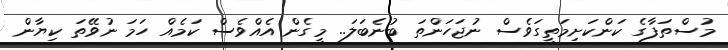
މުސްތަފާގެ ކަންކަށިމަތީގަވެސް ނުޖަހަންތަ ބުނެބަލަ.. މީގެން އެއްވެސް ކަމެއް ހަމަ ނުވޭތަ ކިޔާން